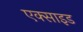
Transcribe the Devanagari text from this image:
एक्साइड